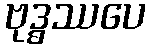
ဗုဒ္ဓဿပေ